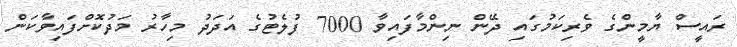
ރައީސް ޔާމީންގެ ވެރިކަމުގައި ދޭން ނިންމާފައިވާ 7000 ފުލެޓުގެ އަދަދު މިހާރު މަދުކޮށްފައިވާކަން